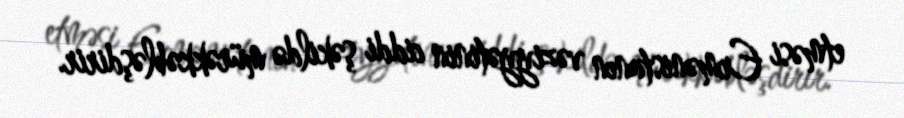
etməsi Ermənistanın vəziyyətinin ciddi şəkildə mürəkkəbləşdirir.